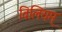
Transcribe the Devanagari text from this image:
विलियम्